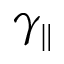
\gamma _ { \parallel }